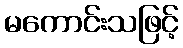
မကောင်းသဖြင့်